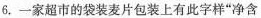
6.一家超市的袋装麦片包装上有此字样”净含